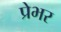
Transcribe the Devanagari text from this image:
प्रेभर